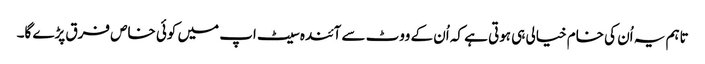
تاہم یہ اُن کی خام خیالی ہی ہوتی ہے کہ اُن کے ووٹ سے آئندہ سیٹ اپ میں کوئی خاص فرق پڑے گا۔